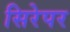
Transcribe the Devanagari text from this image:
सिरेपर